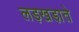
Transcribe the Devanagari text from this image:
लड़खडा़ते